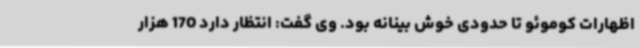
اظهارات کوموئو تا حدودی خوش بینانه بود. وی گفت: انتظار دارد 170 هزار